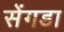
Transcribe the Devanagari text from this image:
सेंगडा